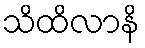
သိထိလာနိ